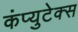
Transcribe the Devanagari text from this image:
कंप्युटेक्स